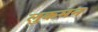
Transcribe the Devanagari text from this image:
लुकमन